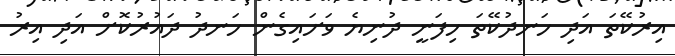
އިރުކޭތަ އަދި ހަނދުކޭތަ ހިފަނީ ދުނިޔެ ވަށައިގެން ހަނދު ދައުރުކޮށް އަދި އިރު